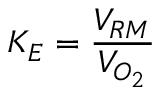
K _ { E } = { \frac { V _ { R M } } { V _ { O _ { 2 } } } }